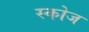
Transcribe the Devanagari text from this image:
स्कोज